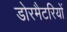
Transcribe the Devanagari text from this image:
डोरमैटरियों